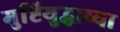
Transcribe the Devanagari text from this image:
मुष्टियुद्धाच्या